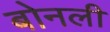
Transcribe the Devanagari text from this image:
बोनली